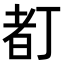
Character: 𠁂